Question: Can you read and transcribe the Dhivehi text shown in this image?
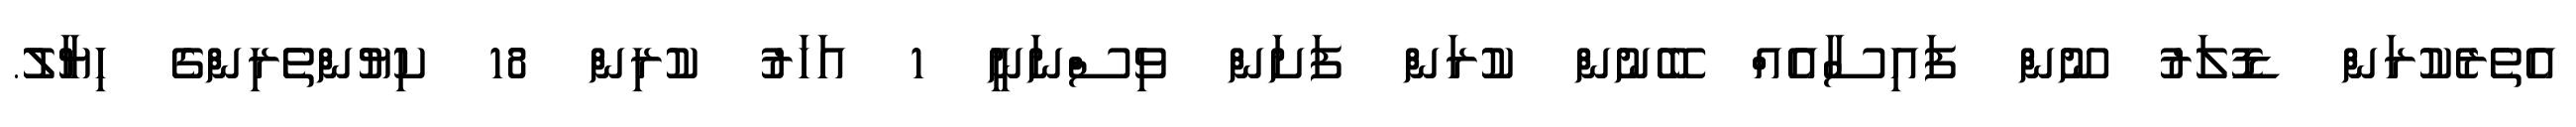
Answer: އެތެރެކުރަން ޑޮލަރު ނޫން ފައިސާއެއް ބޭނުން ކުރަން ފަށަން ވިސްނަނީ 1 އަހަރު ކުރިން 18 ކިޔުންތެރިންގެ ހިޔާލު.